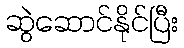
ဆွဲဆောင်နိုင်ပြီး